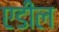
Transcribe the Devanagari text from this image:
एडील